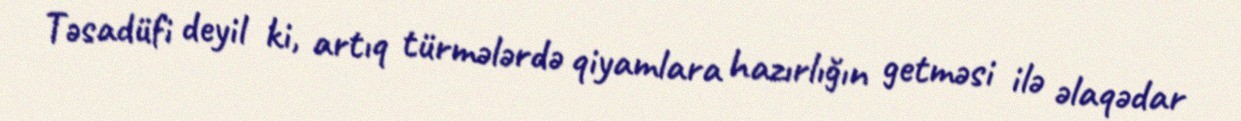
Təsadüfi deyil ki, artıq türmələrdə qiyamlara hazırlığın getməsi ilə əlaqədar